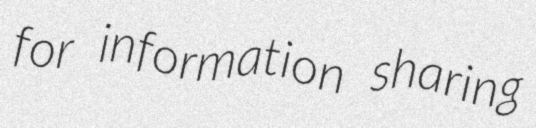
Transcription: for information sharing